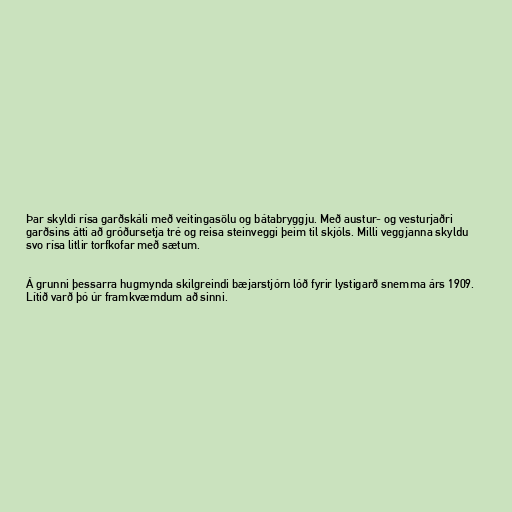
Þar skyldi rísa garðskáli með veitingasölu og bátabryggju. Með austur- og vesturjaðri
garðsins átti að gróðursetja tré og reisa steinveggi þeim til skjóls. Milli veggjanna skyldu
svo rísa litlir torfkofar með sætum.

Á grunni þessarra hugmynda skilgreindi bæjarstjórn lóð fyrir lystigarð snemma árs 1909.
Lítið varð þó úr framkvæmdum að sinni.